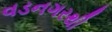
વડનગરથી